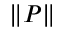
\| P \|